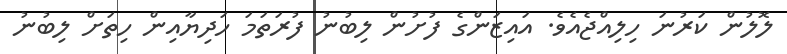
ލޮލުން ކަރުނަ ހިލިއްޖެއެވެ. އައިޒަންގެ ފުށުން ލިބުނު ފުރަތަމަ ހަދިޔާއިން ހިތަށް ލިބުނު